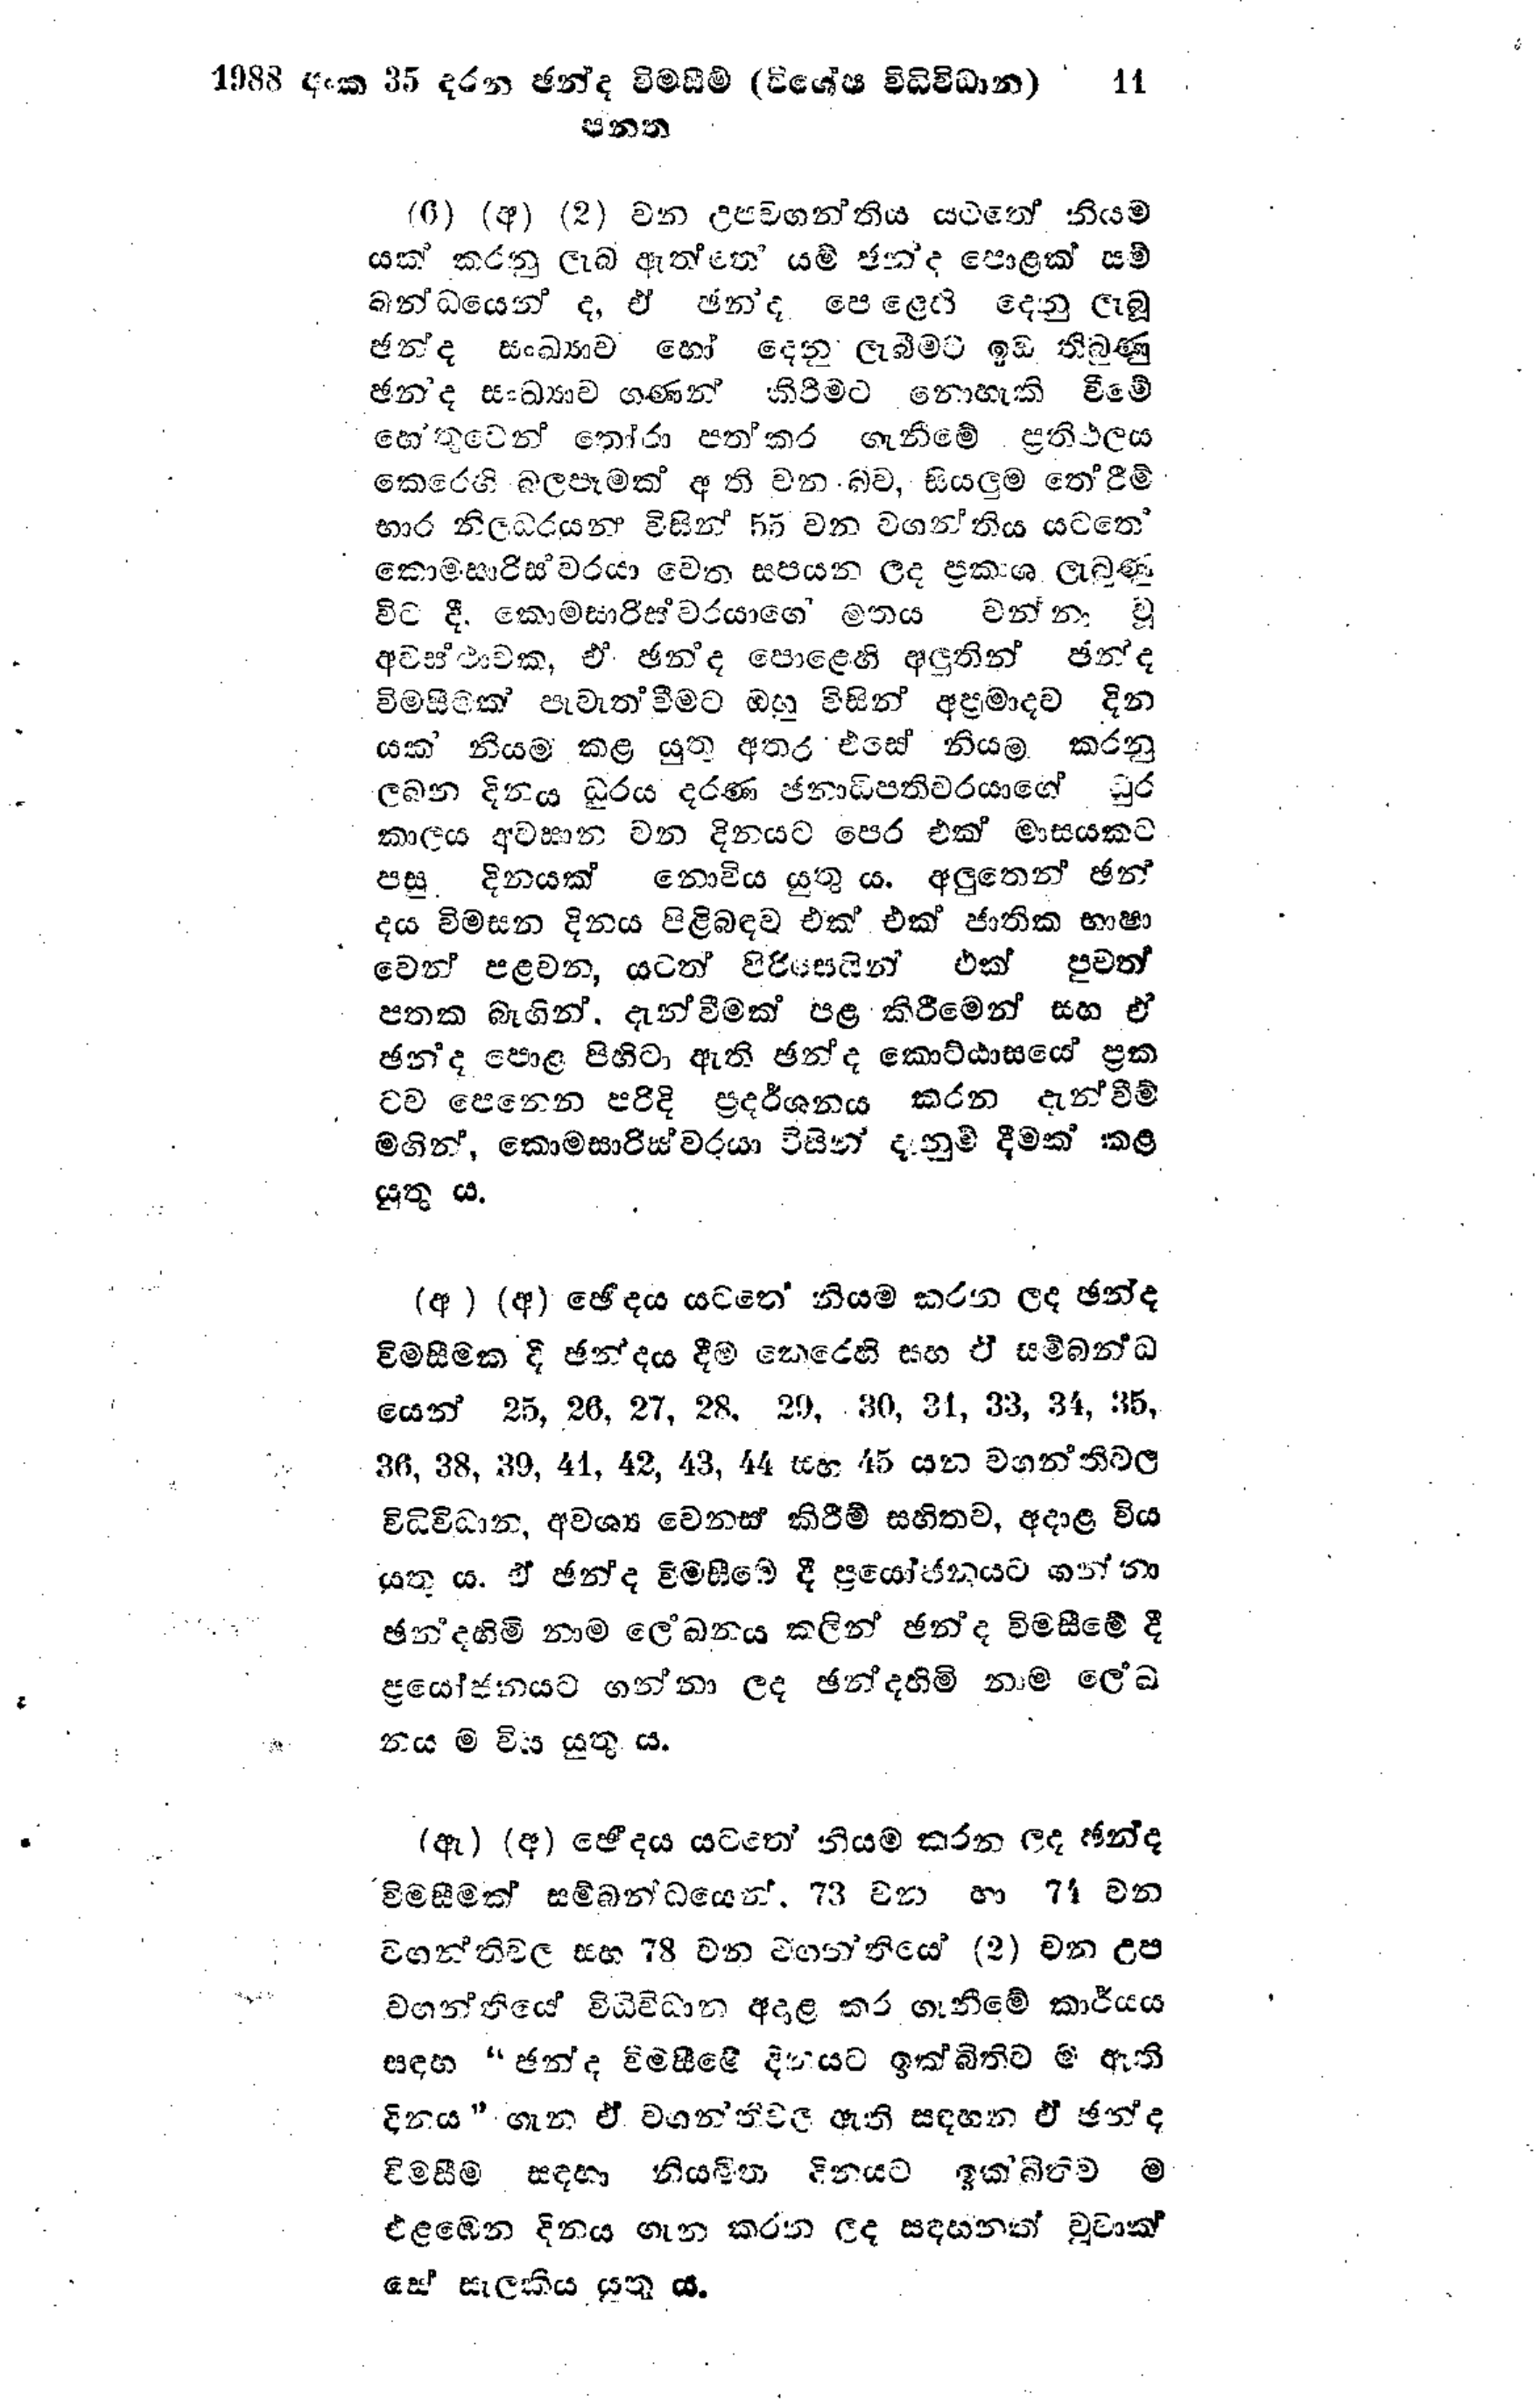
1988 අංක 35 දරන ඡන්ද විමසීම් (විශේෂ විධිවිධාන) 11
පනත

(6) (අ) (2) වන උපවගන්තිය යටතේ නියම
යක් කරනු ලැබ ඇත්තේ යම් ඡන්ද පොළක් සම්
බන්ධයෙන් ද, ඒ ඡන්ද පෙළෙහි දෙනු ලැබූ
ඡන්ද සංඛ්‍යාව හෝ දෙනු ලැබීමට ඉඩ තිබුණු
ඡනන්ද සංඛ්‍යාව ගණන් කිරිමට නොහැකි වීමේ
හේතුවෙන් තෝරා පත් කර ගැනීමේ ප්‍රතිඵලය
කෙරෙහි බලපෑමක් ඇති වන බව, සියලුම තේරීම්
භාර නිලධරයන් විසින් 55 වන වගන්තිය යටතේ
කොමසාරිස්වරයා වෙත සපයන ලද ප්‍රකාශ ලැබුණු
විට දී, කොමසාරිස්වරයාගේ මතය වන්නා වූ
අවස්ථාවක, ඒ ඡන්ද පොළෙහි අලුතින් ඡන්ද
විමසීමක් පැවැත්වීමට ඔහු විසින් අප්‍රමාදව දින
යක නියම කළ යුතු අතර එසේ නියම කරනු
ලබන දිනය ධූරය දරණ ජනාධිපතිවරයාගේ ධුර
කාලය අවසාන වන දිනයට පෙර එක් මාසයකට
පසු දිනයක් නොවිය යුතුය. අලුතෙන් ඡන්
දය විමසන දිනය පිළිබඳව එක් එක් ජාතික භාෂා
වෙන් පළවන, යටත් පිරිසෙයින් එක් පුවත්
පතක බැගින්. දැන්වීමක් පළ කිරීමෙන් සහ ඒ
ඡන්ද පොළ පිහිටා ඇති ඡන්ද කොට්ඨාසයේ ප්‍රක
ටව පෙනෙන පරිදි ප්‍රදර්ශනය කරන දැන්වීම්
මගින්, කොමසාරිස්වරයා විසින් දැනුම් දීමක් කළ
යුතු ය.

(අ ) (අ) ඡේදය යටතේ නියම කරන ලද ඡන්ද
විමසීමක දී ඡන්දය දීම කෙරෙහි සහ ඒ සම්බන්ධ
යෙන් 25, 26, 27, 28, 29, 30, 31, 33, 34, 35,
36, 38, 39, 41, 42, 43, 44 සහ 45 යන වගන්තිවල
විධිවිධාන, අවශ්‍ය වෙනස් කිරීම් සහිතව, අදාළ විය
යුතු ය.ඒ ඡන්ද විමසීමේ දී ප්‍රයෝජනයට ගන්නා
ඡන්දහිමි නාම ලේඛනය කලින් ඡන්ද විමසීමේ දී
ප්‍රයෝජනයට ගන්නා ලද ඡන්දහිමි නාම ලේඛ
නියම විය යුතු ය.

(ඇ)(අ) ඡේදය යටතේ නියම කරන ලද ඡන්ද
විමසීමක් සම්බන්ධයෙන් 73 වන හා 74 වන
වගන්ති වල සහ 78 වන වගන්තියේ (2) වන උප
වගන්තියේ විධිවිධාන අදාළ කර ගැනීමේ කාර්යය
සඳහ "ඡන්ද විමසීමේ දිනයට ඉක්බිතිව ම ඇති
දිනය" ගැන ඒ වගන්ති වල ඇති සඳහන ඒ ඡන්ද
විමසීම සඳහා නියමිත දිනයට ඉක්බිතිව ම
එළඹෙන දිනය ගැන කරන ලද සඳහනක් වූවාක්
සේ සැලකිය යුතු ය.